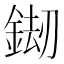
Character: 𨧶